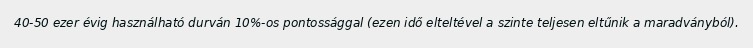
40-50 ezer évig használható durván 10%-os pontossággal (ezen idő elteltével a szinte teljesen eltűnik a maradványból).